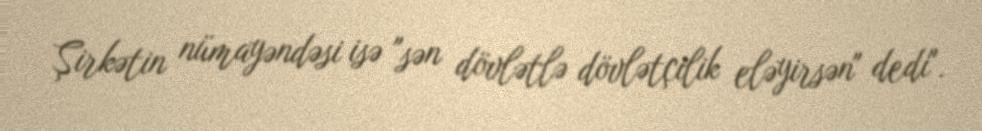
Şirkətin nümayəndəsi isə "sən dövlətlə dövlətçilik eləyirsən" dedi".